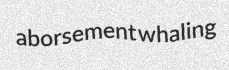
aborsement whaling